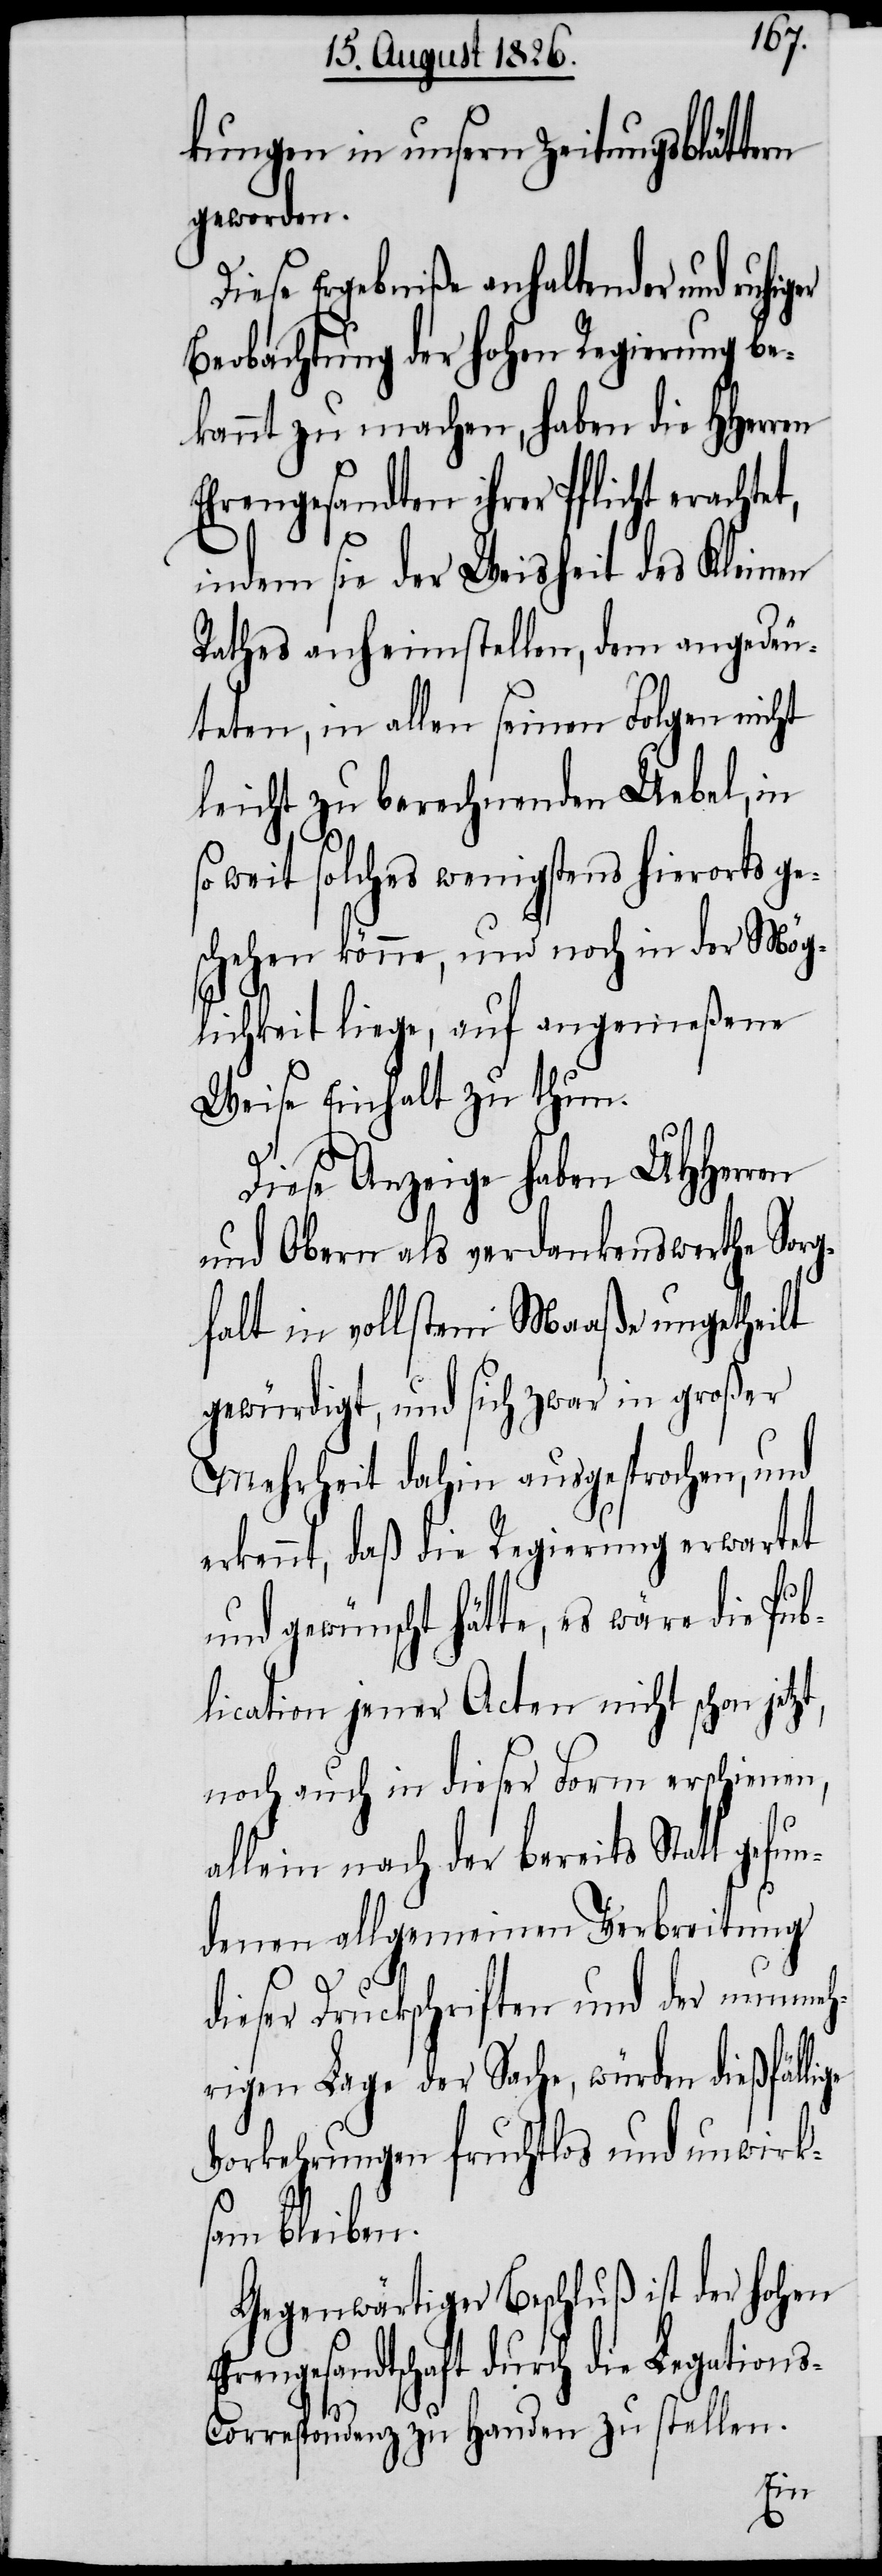
kungen in unsern Zeitungsblättern
geworden.
Diese Ergebniße anhaltender und ruhi¬
Beobachtung der hohen Regierung be¬
kannt zu machen, haben die HHerren
Ehrengesandten ihrer Pflicht erachte¬
t,
indem sie der Weisheit des Kleinen
Rathes anheimstellen, dem angedeu¬
teten, in allen seinen Folgen nicht
leicht zu berechnenden Uebel, in
so weit solches wenigstens hierorts ge¬
schehen könne, und noch in der Mög¬
lichkeit liege, auf angemeßene
Weise Einhalt zu thun.
Diese Anzeige haben MHHerren
und Obern als verdankenswerthe Sorg¬
falt in vollstem Maaße ungetheilt
gewürdigt, und sich zwar in großer
Mehrheit dahin ausgesprochen, und
erkennt, daß die Regierung erwartet
und gewünscht hätte, es wäre die Pub¬
lication jener Acten nicht schon jetz¬
noch auch in dieser Form erschienen,
allein nach der bereits Statt gefu¬
ndenen allgemeinen Verbreitung
E¬
dieser Druckschriften und der nunmeh¬
rigen Lage der Sache, würden dießfälli¬
Vorkehrungen fruchtlos und unwirk¬
sam bleiben.
Gegenwärtiger Beschluß ist der hohen
hrengesandtschaft durch die Legation¬
s-Correspondenz zu Handen zu stellen.